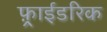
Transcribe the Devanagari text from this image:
फ़्राईडरिक